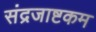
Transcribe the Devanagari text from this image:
संद्रजाष्टकम